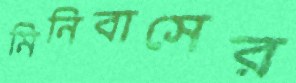
মিনিবাসের